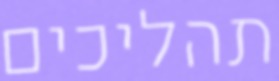
תהליכים